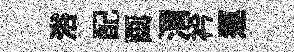
浴配画渭衿運